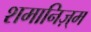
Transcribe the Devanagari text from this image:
शमानिज़्म